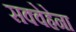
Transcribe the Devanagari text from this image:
सक्वेहेना